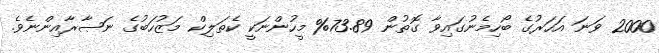
2000 ވަނަ އަހަރުގެ ބޯހިމެނުގައިވާ ގޮތުން 73.89% މީހުންނަކީ ކެތަލިކް މަޒުހަބުގެ ނަޞާރާއިންނެވެ.